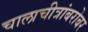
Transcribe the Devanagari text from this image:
चालाचीत्रांबरोबर